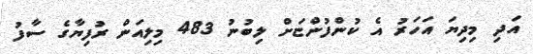
އަދި މިދިޔަ އަހަރު އެ ކުންފުންޏަށް ލިބުނު 483 މިލިއަން ރުފިޔާގެ ސާފު